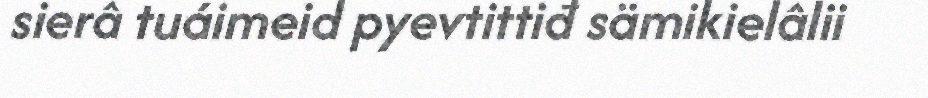
sierâ tuáimeid pyevtittiđ sämikielâlii